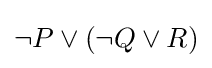
\neg P\lor (\neg Q\lor R)